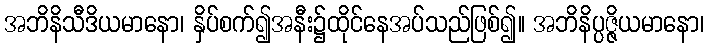
အဘိနိသီဒိယမာနော၊ နှိပ်စက်၍အနီး၌ထိုင်နေအပ်သည်ဖြစ်၍။ အဘိနိပ္ပဇ္ဇိယမာနော၊